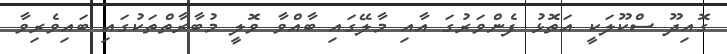
ގޮއިދޫ ސްކޫލަކީ އަތޮޅު ފެންވަރުގަ އާއި މާލޭގައި ބާއްވާ ވޮލީ މުބާރާތްތަކުގައި ބައިވެރިވާ